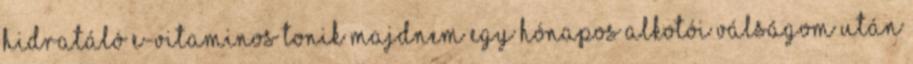
hidratáló E-vitaminos tonik Majdnem egy hónapos alkotói válságom után